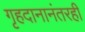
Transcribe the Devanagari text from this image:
गृहदानानंतरही